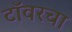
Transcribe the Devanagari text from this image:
टॉवरचा